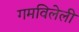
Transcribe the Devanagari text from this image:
गमविलेली